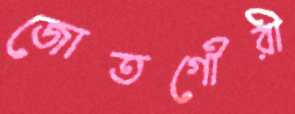
জোতগৌরী